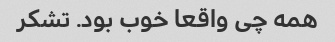
همه چی واقعا خوب بود. تشکر